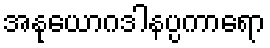
အနုယောဂဒါနပ္ပကာရော